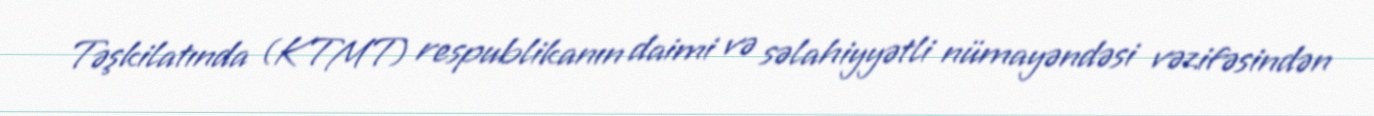
Təşkilatında (KTMT) respublikanın daimi və səlahiyyətli nümayəndəsi vəzifəsindən